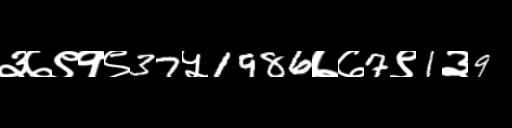
Text: ३७९१९37५1986७७7९1३9